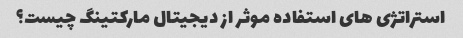
استراتژی های استفاده موثر از دیجیتال مارکتینگ چیست؟